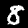
Digit: 8